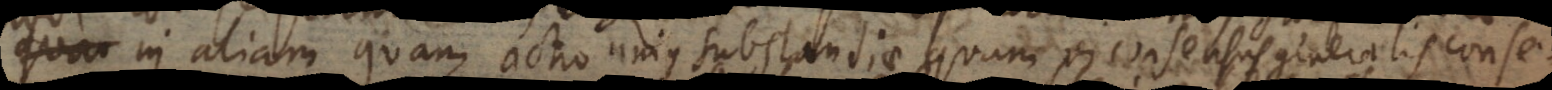
in aliam quam actio unius substantiae quam vi consensus generalis conse